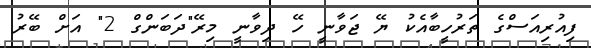
ފިއުރިއަސްގެ ތަރުހީބާއެކު ޔޭ ޖަވާނީ ހޭ ދިވާނީ މިރޭ"ދަބަންގް 2" އަށް ބޭރު